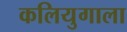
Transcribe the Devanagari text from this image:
कलियुगाला